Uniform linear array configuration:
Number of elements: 48
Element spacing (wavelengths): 0.25
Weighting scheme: uniform
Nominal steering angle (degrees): -45
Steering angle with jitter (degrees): -46.799
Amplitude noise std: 0.05
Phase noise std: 0.05

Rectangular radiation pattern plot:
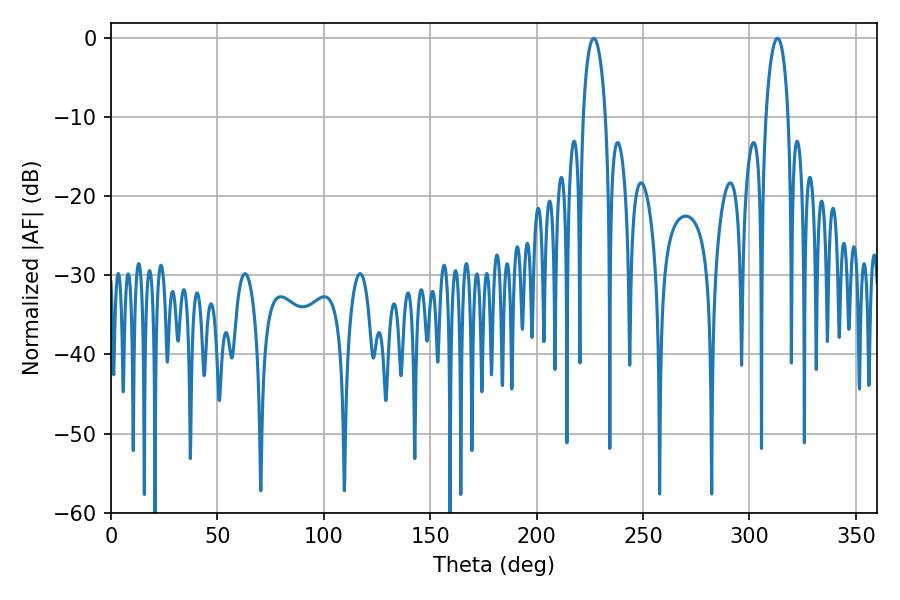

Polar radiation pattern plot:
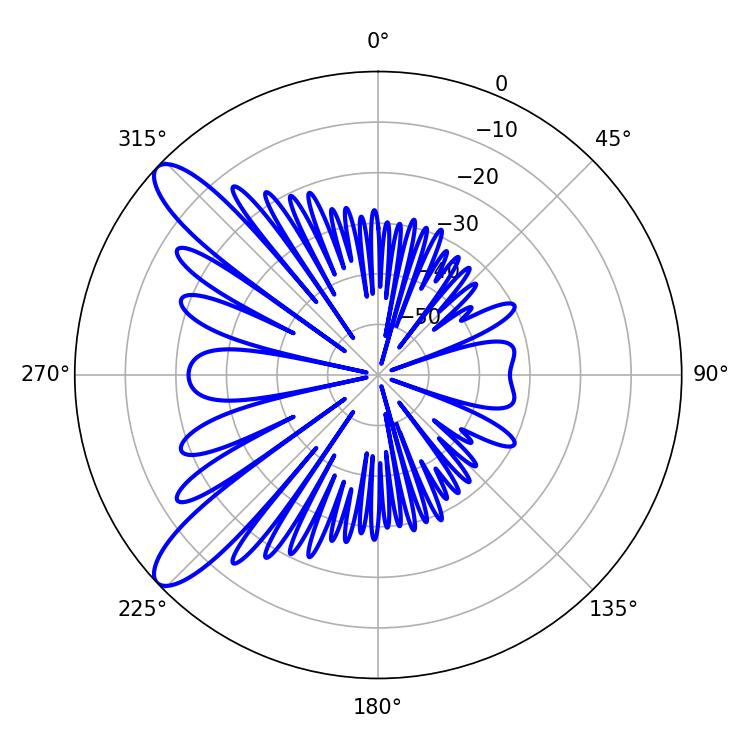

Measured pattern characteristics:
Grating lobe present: FALSE
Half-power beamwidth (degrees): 5.94
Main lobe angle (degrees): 226.8